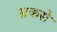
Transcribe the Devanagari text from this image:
सकसे